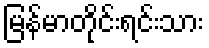
မြန်မာတိုင်းရင်းသား